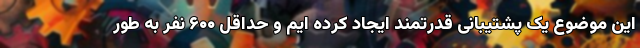
این موضوع یک پشتیبانی قدرتمند ایجاد کرده ایم و حداقل ۶۰۰ نفر به طور